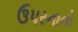
ઉપરનાનો